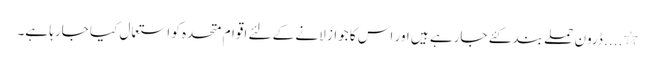
٭.... ڈرون حملے بند کئے جارہے ہیں اور اس کا جواز لانے کے لئے اقوام متحدہ کو استعمال کیا جارہا ہے۔